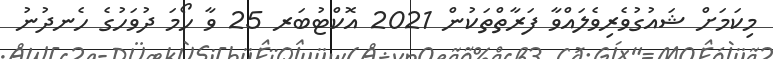
މިކަމަށް ޝައުގުވެރިވެލައްވާ ފަރާތްތަކުން 2021 އޮކްޓުބަރ 25 ވާ ހޯމަ ދުވަހުގެ ހެނދުނު